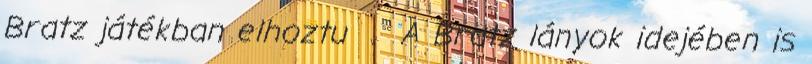
Bratz játékban elhoztu . A Bratz lányok idejében is